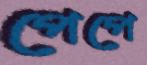
পেপে